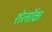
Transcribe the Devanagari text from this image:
शेलॉक